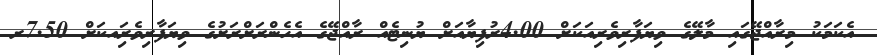
އެކަމަކު މިރާއްޖޭގައި މާލޭގެ ވިޔަފާރިވެރިއަކަށް 4.00ރުފިޔާއަށް ޔުނިޓެއް ރާއްޖޭގެ އެހެންރަށްރަށުގެ ވިޔަފާރިވެރިައކަށް 7.50ރ